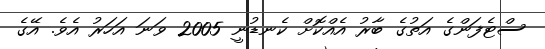
ސްޓެފަންގެ އަތުގެ ބާރު އެއްކޮށް ކެނޑުނީ 2005 ވަނަ އަހަރު އެވެ. އޭގެ